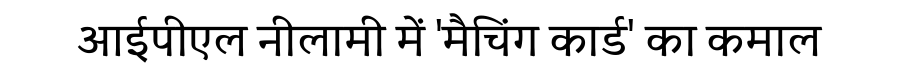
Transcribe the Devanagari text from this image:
आईपीएल नीलामी में 'मैचिंग कार्ड' का कमाल